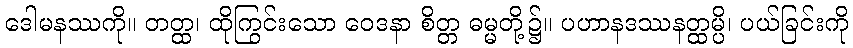
ဒေါမနဿကို။ တတ္ထ၊ ထိုကြွင်းသော ဝေဒနာ စိတ္တ ဓမ္မတို့၌။ ပဟာနဒဿနတ္ထမ္ပိ၊ ပယ်ခြင်းကို